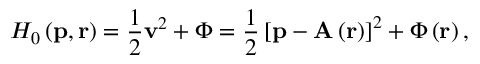
H _ { 0 } \left( \mathbf { p } , \mathbf { r } \right) = \frac { 1 } { 2 } \mathbf { v } ^ { 2 } + \Phi = \frac { 1 } { 2 } \left[ \mathbf { p - A } \left( \mathbf { r } \right) \right] ^ { 2 } + \Phi \left( \mathbf { r } \right) ,